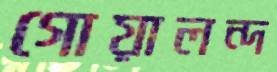
গোয়ালন্দ